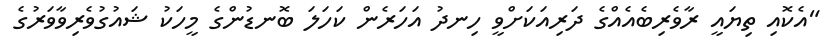
"އެކޮއި ތިޔައީ ރާވެރިބެއެއްގެ ދަރިއަކަށްވީ ހިނދު އަހަރެން ކަހަލަ ބޮނޑުންގެ މީހަކު ޝައުގުވެރިވާވަރުގެ